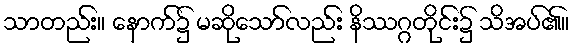
သာတည်း။ နောက်၌ မဆိုသော်လည်း နိဿဂ္ဂတိုင်း၌ သိအပ်၏။